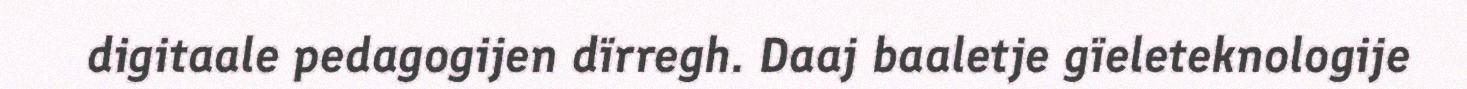
digitaale pedagogijen dïrregh. Daaj baaletje gïeleteknologije